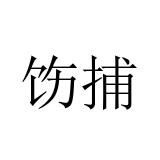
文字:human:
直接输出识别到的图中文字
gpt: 饬捕